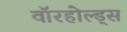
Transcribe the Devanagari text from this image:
वॉरहोल्ड्स